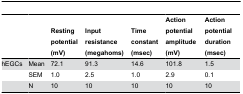
<table><thead><tr><td></td><td></td><td><b>Resting potential (mV)</b></td><td><b>Input resistance (megahoms)</b></td><td><b>Time constant (msec)</b></td><td><b>Action potential amplitude (mV)</b></td><td><b>Action potential duration (msec)</b></td></tr></thead><tbody><tr><td>hEGCs</td><td>Mean</td><td>72.1</td><td>91.3</td><td>14.6</td><td>101.8</td><td>1.5</td></tr><tr><td></td><td>SEM</td><td>1.0</td><td>2.5</td><td>1.0</td><td>2.9</td><td>0.1</td></tr><tr><td></td><td>N</td><td>10</td><td>10</td><td>10</td><td>10</td><td>10</td></tr></tbody></table>